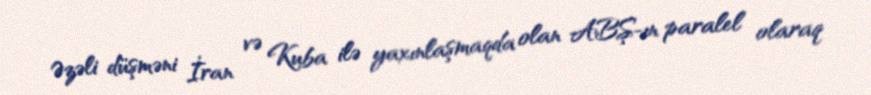
Əzəli düşməni İran və Kuba ilə yaxınlaşmaqda olan ABŞ-ın paralel olaraq